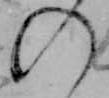
の